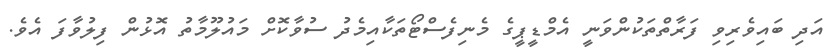
އަދި ބައިވެރިވި ފަރާތްތަކުންވަނީ އެމްޑީޕީގެ މެނިފެސްޓޯތަކާއިމެދު ސުވާކޮށް މައުލޫމާތު އޮޅުން ފިލުވާފަ އެވެ.